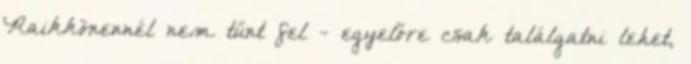
Raikkönennél nem tűnt fel - egyelőre csak találgatni lehet,